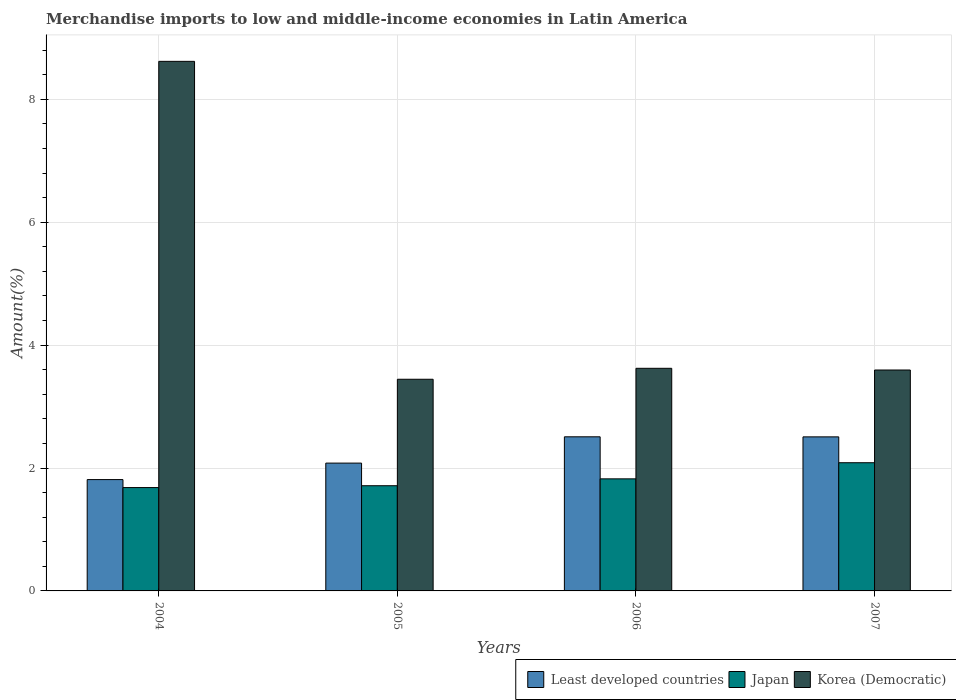
| Years | Least developed countries | Japan | Korea (Democratic) |
 | --- | --- | --- | --- |
 | 2004 | 1.81 | 1.68 | 8.62 |
 | 2005 | 2.08 | 1.71 | 3.44 |
 | 2006 | 2.51 | 1.82 | 3.62 |
 | 2007 | 2.51 | 2.09 | 3.59 |